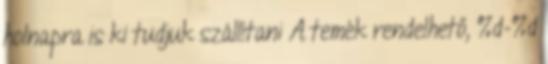
holnapra is ki tudjuk szállítani A temék rendelhető, %d-%d